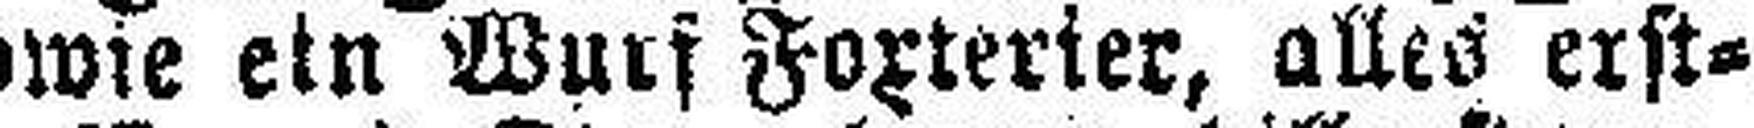
sowie ein Wurf Foxterier, alles erst¬